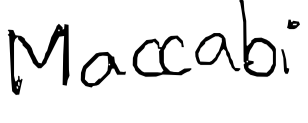
Text: Maccabi
Cross-out: clean
Writing tool: digital_black